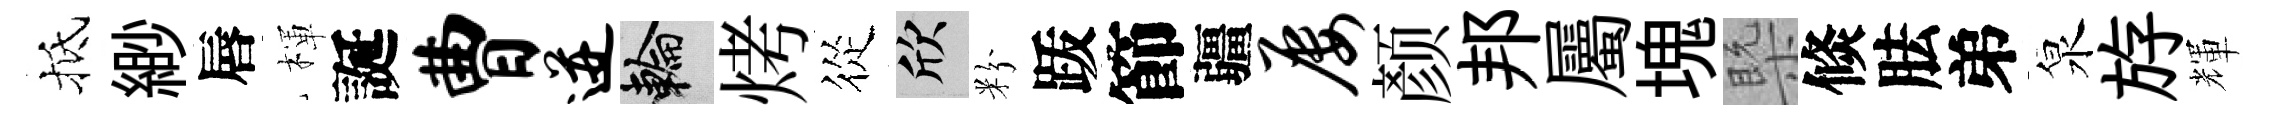
抵緲唇楎誕曹迸輪烤從欣粉䟦節疆屡颜邦屬塊槩倐胠弟泉斿輝